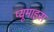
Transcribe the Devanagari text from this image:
प्यूमाइस